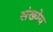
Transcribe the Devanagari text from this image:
संख्येय